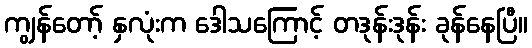
ကျွန်တော့် နှလုံးက ဒေါသကြောင့် တဒုန်းဒုန်း ခုန်နေပြီ။